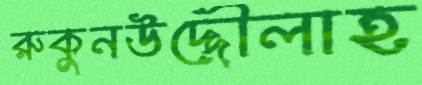
রুকুনউদ্দৌলাহ